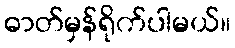
ဓာတ်မှန်ရိုက်ပါမယ်။